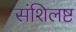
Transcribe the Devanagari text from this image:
संशिलष्ट